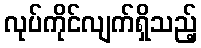
လုပ်ကိုင်လျက်ရှိသည့်